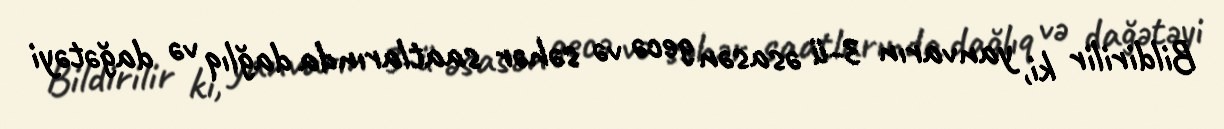
Bildirilir ki, yanvarın 3-ü əsasən gecə və səhər saatlarında dağlıq və dağətəyi